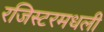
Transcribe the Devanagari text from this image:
रजिस्‍टरमधली